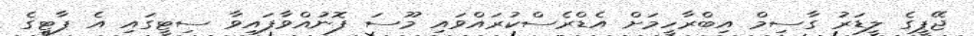
ޖޭޕީގެ ލީޑަރު ގާސިމް އިބްރާހީމަށް އެޑްރެސްކުރައްވައި މޫސަ ފޮނުއްވާފައިވާ ސިޓީގައި އެ ޕާޓީގެ